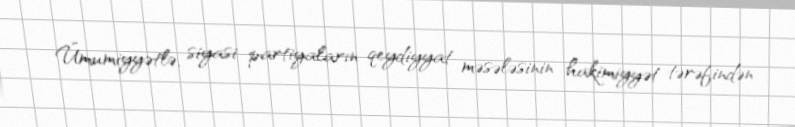
Ümumiyyətlə, siyasi partiyaların qeydiyyat məsələsinin hakimiyyət tərəfindən